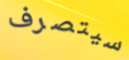
سيتصرف